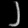
Digit: ၂